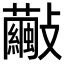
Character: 𣀺